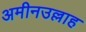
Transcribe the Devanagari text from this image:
अमीनउल्लाह